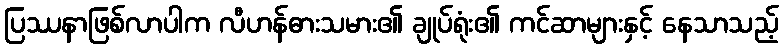
ပြဿနာဖြစ်လာပါက လီဟန်ဓားသမား၏ ချုပ်ရုံး၏ ကင်ဆာများနှင့် နေသာသည့်